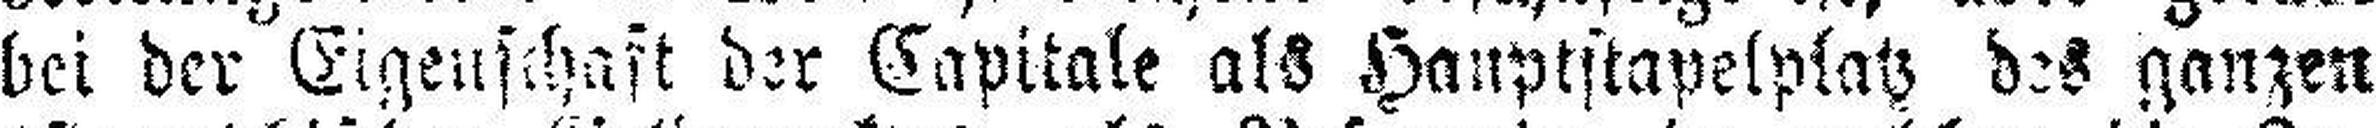
bei der Eigenschaft der Capitale als Hauptstapelplatz des ganzen